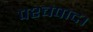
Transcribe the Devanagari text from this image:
पश्चपाद।